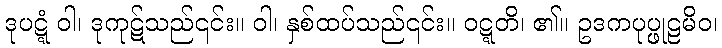
ဒုပဋ္ဋံ ဝါ၊ ဒုကုဋ်သည်၎င်း။ ဝါ၊ နှစ်ထပ်သည်၎င်း။ ဝဋ္ဋတိ၊ ၏။ ဥဒကပုပ္ဖုဠမိဝ၊